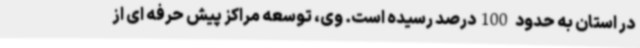
در استان به حدود 100درصد رسیده است. وی، توسعه مراکز پیش حرفه ای از